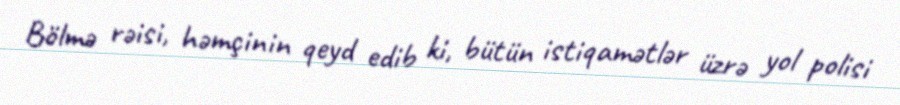
Bölmə rəisi, həmçinin qeyd edib ki, bütün istiqamətlər üzrə yol polisi